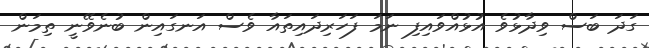
ގަދަ ބަސް ވިދާޅުވެ އުޅުއްވައިފި ނަމަ ފަހަރިދައިތައާ ވެސް އަނގައިން ބުނެވޭނީ ތިމަން